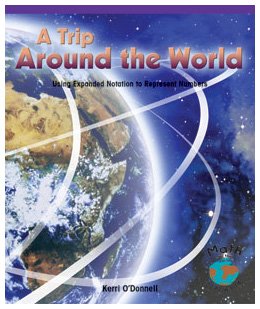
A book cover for A Trip Around the World: Using Expanded Notation to Represent Numbers (Powermath); Kerri O'Donnell; Science & Math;